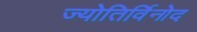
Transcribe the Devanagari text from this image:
ज्योतिर्विनोद